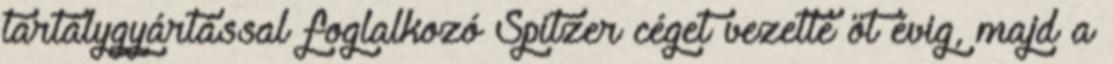
tartálygyártással foglalkozó Spitzer céget vezette öt évig, majd a